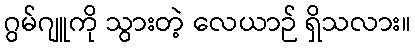
ဂွမ်ဂျူကို သွားတဲ့ လေယာဉ် ရှိသလား။